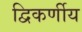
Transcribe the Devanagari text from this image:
द्विकर्णीय